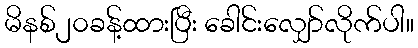
မိနစ်၂၀ခန့်ထားပြီး ခေါင်းလျှော်လိုက်ပါ။